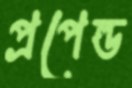
প্রপেল্ড